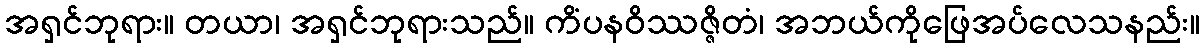
အရှင်ဘုရား။ တယာ၊ အရှင်ဘုရားသည်။ ကိံပနဝိဿဇ္ဇိတံ၊ အဘယ်ကိုဖြေအပ်လေသနည်း။